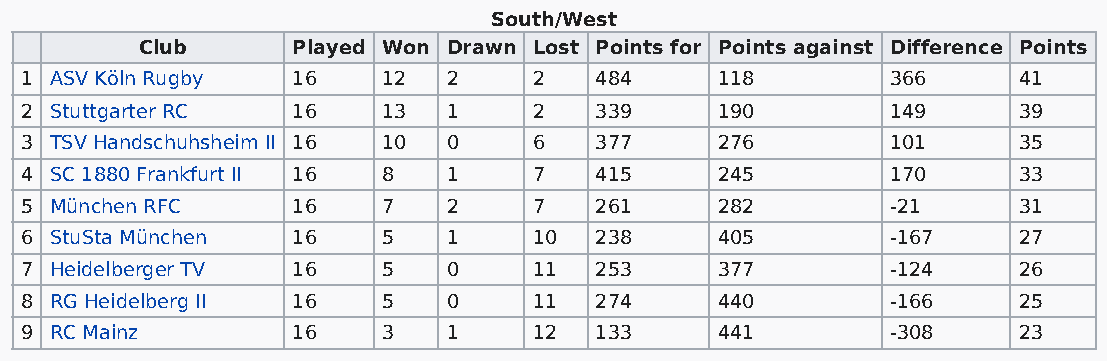
South/West
 Club      Played Won Drawn Lost Points for Points against Difference Points
 1 ASV Köln Rugby  16    12   2    2   484     118         366     41
 2 Stuttgarter RC  16    13   1    2   339     190         149     39
 3 TSV Handschuhsheim II 16 10 0   6   377     276         101     35
 4 SC 1880 Frankfurt II 16 8  1    7   415     245         170     33
 5 München RFC     16    7    2    7   261     282         -21     31
 6 StuSta München  16    5    1    10  238     405         -167    27
 7 Heidelberger TV 16    5    0    11  253     377         -124    26
 8 RG Heidelberg II 16   5    0    11  274     440         -166    25
 9 RC Mainz        16    3    1    12  133     441         -308    23